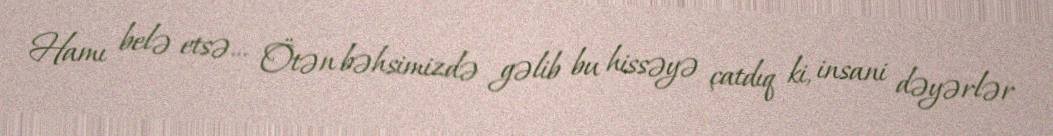
Hamı belə etsə... Ötən bəhsimizdə gəlib bu hissəyə çatdıq ki, insani dəyərlər